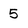
Character: 5